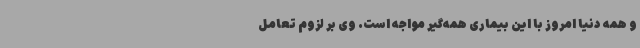
و همه دنیا امروز با این بیماری همه‌گیر مواجه است. وی بر لزوم تعامل